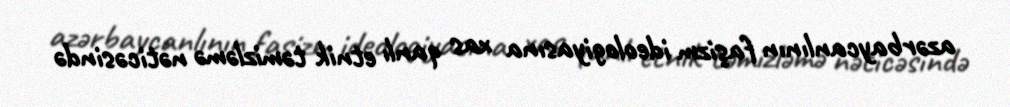
azərbaycanlının faşizm ideologiyasına xas qanlı etnik təmizləmə nəticəsində